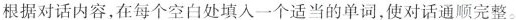
根据对话内容,在每个空白处填入一个适当的单词，使对话通顺完整.。